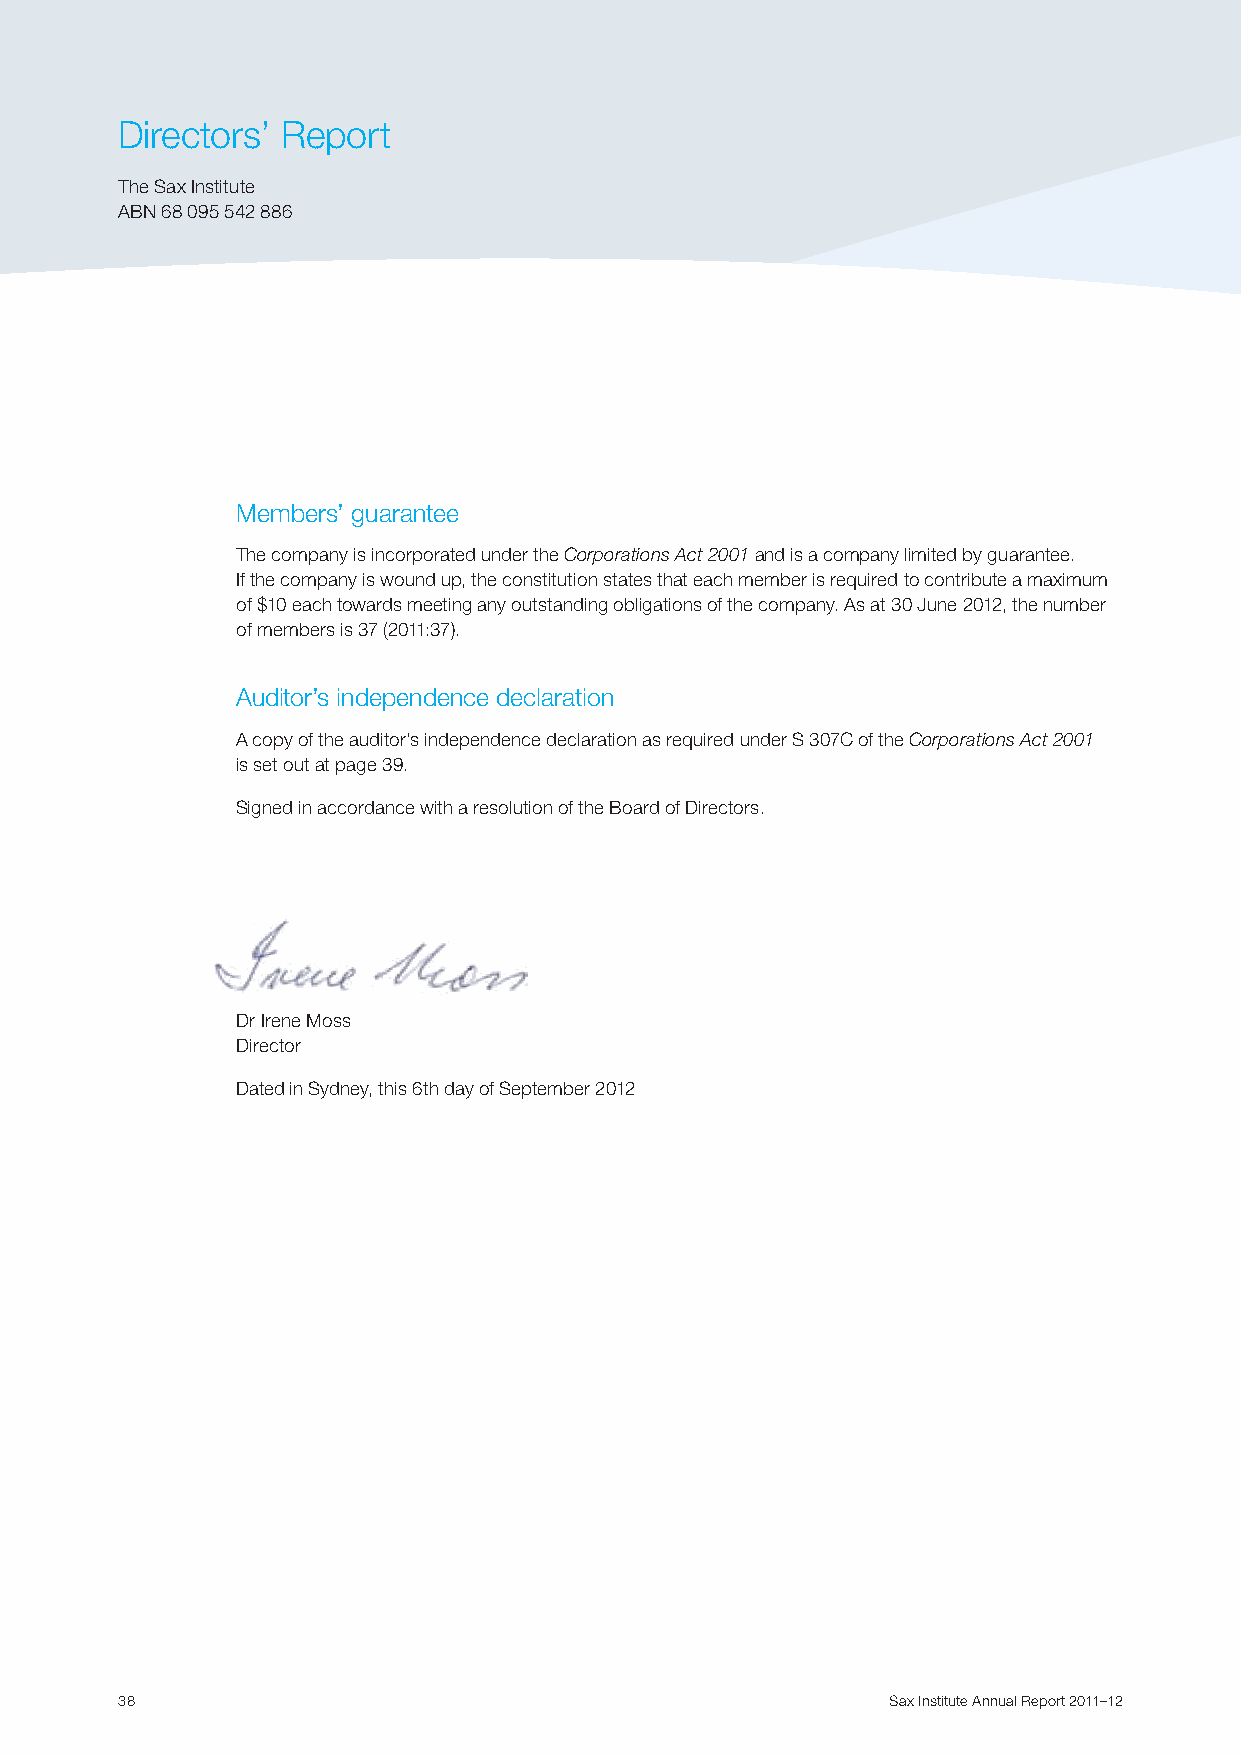
Directors’ Report
 The Sax Institute
 ABN 68 095 542 886
 Members’ guarantee
 The company is incorporated under the Corporations Act 2001 and is a company limited by guarantee.
 If the company is wound up, the constitution states that each member is required to contribute a maximum
 of $10 each towards meeting any outstanding obligations of the company. As at 30 June 2012, the number
 of members is 37 (2011:37).
 Auditor’s independence declaration
 A copy of the auditor’s independence declaration as required under S 307C of the Corporations Act 2001
 is set out at page 39.
 Signed in accordance with a resolution of the Board of Directors.
 Dr Irene Moss
 Director
 Dated in Sydney, this 6th day of September 2012
 38                                                 Sax Institute Annual Report 2011–12